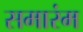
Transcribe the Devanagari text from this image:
समारंम